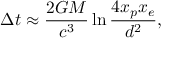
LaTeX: \Delta t \approx { \frac { 2 G M } { c ^ { 3 } } } \ln { \frac { 4 x _ { p } x _ { e } } { d ^ { 2 } } } ,